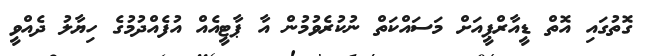
ގޮތުގައި އޮތް ޑީއާރްޕީއަށް މަސައްކަތް ނުކުރެވުމުން އާ ޕާޓީއެއް އުފެއްދުމުގެ ހިޔާލު ދެއްވީ